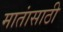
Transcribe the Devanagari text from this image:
मातांसाठी